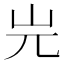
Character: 𡵉